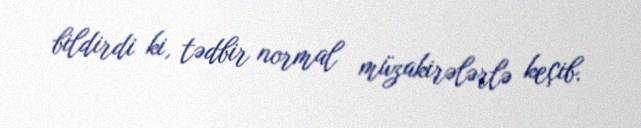
bildirdi ki, tədbir normal müzakirələrlə keçib.